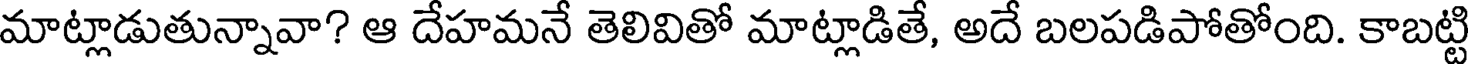
మాట్లాడుతున్నావా? ఆ దేహమనే తెలివితో మాట్లాడితే, అదే బలపడిపోతోంది. కాబట్టి